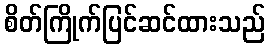
စိတ်ကြိုက်ပြင်ဆင်ထားသည်